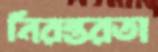
নিরন্তরতা